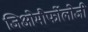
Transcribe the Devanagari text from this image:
जिओमौर्फोलोजी